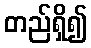
တည်ရှိ၍